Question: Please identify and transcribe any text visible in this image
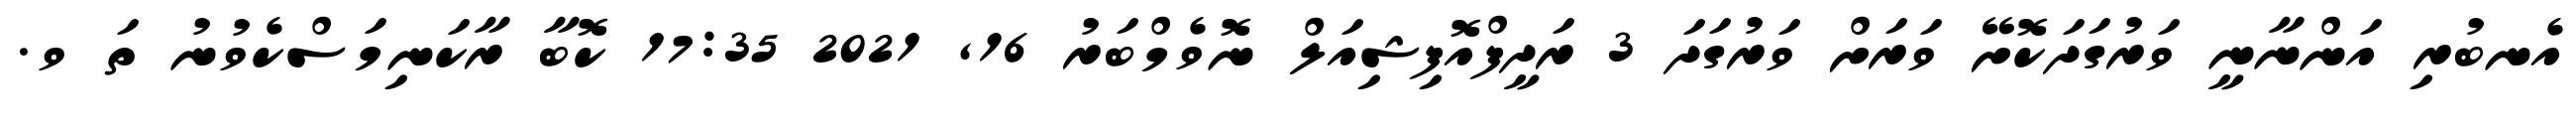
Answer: އެނބުރި އަންނާނީ ވަރުގަދަކޮށޭ ވަރަށް ވަރުގަދަ 3 ރަދީފްއޮފިޝިއަލް ނޮވެމްބަރު 16, 2021 17:35 ކޮބާ ރާކަނިމަސްކެވުނު ތަ ވ.